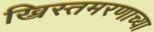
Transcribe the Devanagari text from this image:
ख्रिस्तमरणाच्या